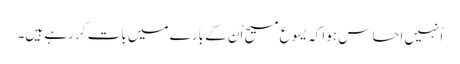
‏ اُنہیں احساس ہوا کہ یسوع مسیح اُن کے بارے میں بات کر رہے ہیں۔